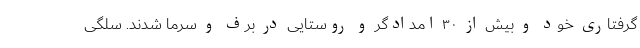
گرفتاری خود و بیش از ۳۰ امدادگر و روستایی در برف و سرما شدند. سلگی